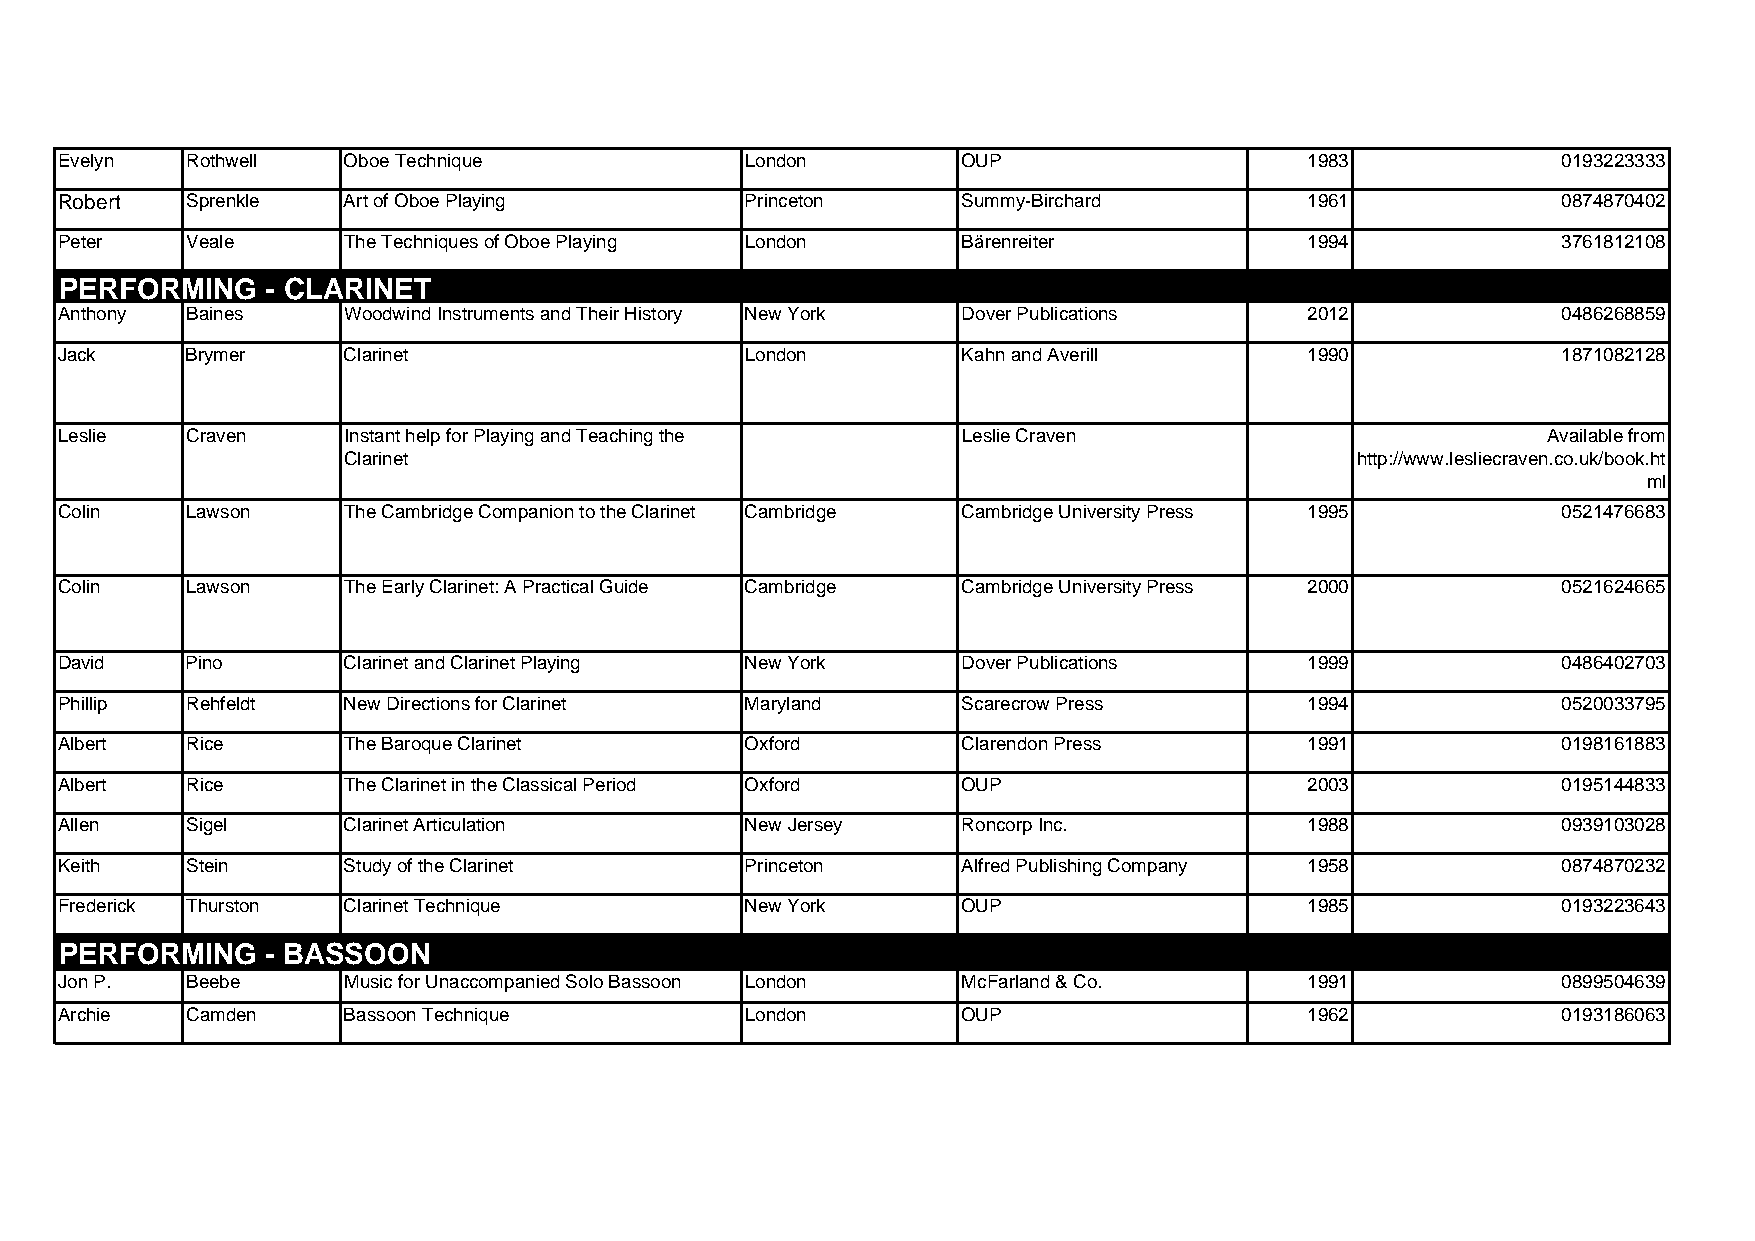
Evelyn  Rothwell   Oboe Technique            London         OUP                    1983            0193223333
 Robert  Sprenkle   Art of Oboe Playing       Princeton      Summy-Birchard         1961            0874870402
 Peter   Veale      The Techniques of Oboe Playing London    Bärenreiter            1994            3761812108
 PERFORMING    - CLARINET
 Anthony Baines     Woodwind Instruments and Their History New York Dover Publications 2012         0486268859
 Jack    Brymer     Clarinet                  London         Kahn and Averill       1990            1871082128
 Leslie  Craven     Instant help for Playing and Teaching the Leslie Craven                        Available from
 Clarinet                                                           http://www.lesliecraven.co.uk/book.ht
 ml
 Colin   Lawson     The Cambridge Companion to the Clarinet Cambridge Cambridge University Press 1995 0521476683
 Colin   Lawson     The Early Clarinet: A Practical Guide Cambridge Cambridge University Press 2000 0521624665
 David   Pino       Clarinet and Clarinet Playing New York   Dover Publications     1999            0486402703
 Phillip Rehfeldt   New Directions for Clarinet Maryland     Scarecrow Press        1994            0520033795
 Albert  Rice       The Baroque Clarinet      Oxford         Clarendon Press        1991            0198161883
 Albert  Rice       The Clarinet in the Classical Period Oxford OUP                 2003            0195144833
 Allen   Sigel      Clarinet Articulation     New Jersey     Roncorp Inc.           1988            0939103028
 Keith   Stein      Study of the Clarinet     Princeton      Alfred Publishing Company 1958         0874870232
 Frederick Thurston Clarinet Technique        New York       OUP                    1985            0193223643
 PERFORMING    - BASSOON
 Jon P.  Beebe      Music for Unaccompanied Solo Bassoon London McFarland & Co.     1991            0899504639
 Archie  Camden     Bassoon Technique         London         OUP                    1962            0193186063